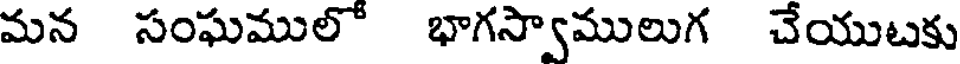
మన సంఘములో భాగస్వాములుగ చేయుటకు